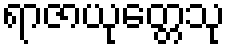
ရာဇာယုတ္တေသု